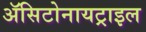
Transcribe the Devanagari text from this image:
ॲसिटोनायट्राइल